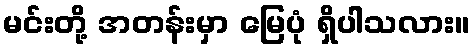
မင်းတို့ အတန်းမှာ မြေပုံ ရှိပါသလား။